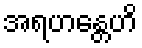
အရဟန္တေဟိ